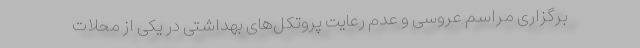
برگزاری مراسم عروسی و عدم رعایت پروتکل‌های بهداشتی در یکی از محلات